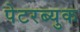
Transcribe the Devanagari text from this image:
पेटरब्युक